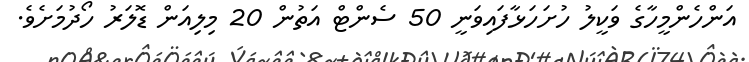
އަންހެންމީހާގެ ވަކީލު ހުށަހަޅާފައިވަނީ 50 ސެންޓް އަތުން 20 މިލިއަން ޑޮލަރު ހޯދުމަށެވެ.